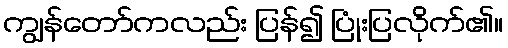
ကျွန်တော်ကလည်း ပြန်၍ ပြုံးပြလိုက်၏။